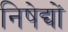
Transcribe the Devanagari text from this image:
निषेद्यों